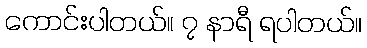
ကောင်းပါတယ်။ ၇ နာရီ ရပါတယ်။